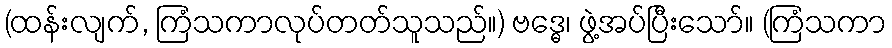
(ထန်းလျက်, ကြံသကာလုပ်တတ်သူသည်။) ဗဒ္ဓေ၊ ဖွဲ့အပ်ပြီးသော်။ (ကြံသကာ